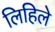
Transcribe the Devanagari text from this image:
लिहिलेे